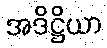
အဒိဋ္ဌိယာ